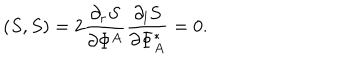
( S , S ) = 2 \frac { \partial _ { r } S } { \partial \Phi ^ { A } } \frac { \partial _ { l } S } { \partial \Phi _ { A } ^ { \ast } } = 0 .